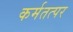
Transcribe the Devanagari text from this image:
कर्मतत्पर